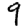
Digit: 9